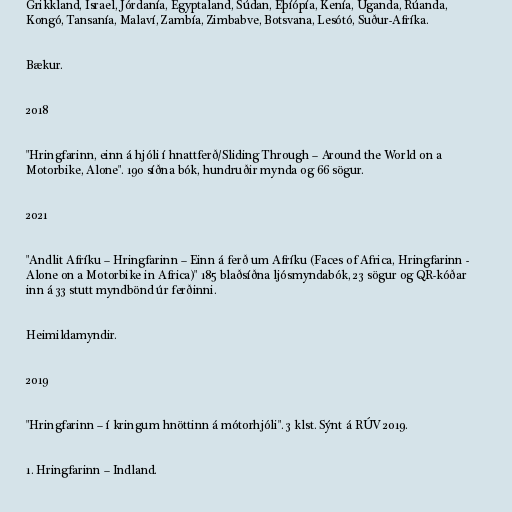
Grikkland, Ísrael, Jórdanía, Egyptaland, Súdan, Eþíópía, Kenía, Úganda, Rúanda,
Kongó, Tansanía, Malaví, Zambía, Zimbabve, Botsvana, Lesótó, Suður-Afríka.

Bækur.

2018

"Hringfarinn, einn á hjóli í hnattferð/Sliding Through – Around the World on a
Motorbike, Alone". 190 síðna bók, hundruðir mynda og 66 sögur.

2021

"Andlit Afríku – Hringfarinn – Einn á ferð um Afríku (Faces of Africa, Hringfarinn -
Alone on a Motorbike in Africa)" 185 blaðsíðna ljósmyndabók, 23 sögur og QR-kóðar
inn á 33 stutt myndbönd úr ferðinni.

Heimildamyndir.

2019

"Hringfarinn – í kringum hnöttinn á mótorhjóli". 3 klst. Sýnt á RÚV 2019.

1. Hringfarinn – Indland.